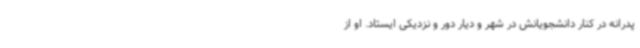
پدرانه در کنار دانشجویانش در شهر و دیار دور و نزدیکی ایستاد. او از